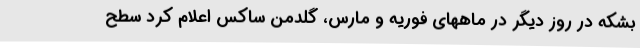
بشکه در روز دیگر در ماههای فوریه و مارس، گلدمن ساکس اعلام کرد سطح